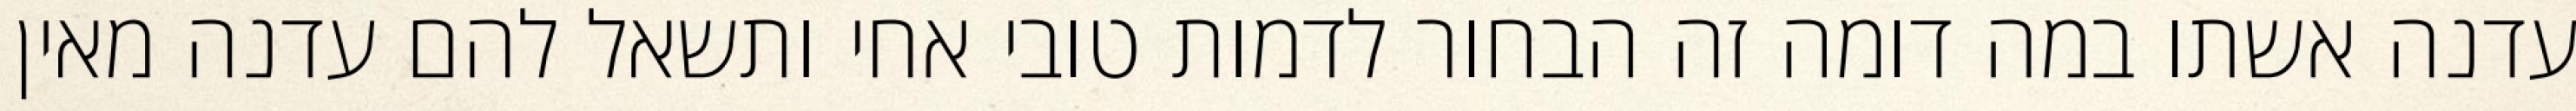
עדנה אשתו במה דומה זה הבחור לדמות טובי אחי ותשאל להם עדנה מאין